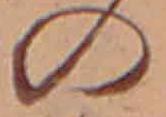
の